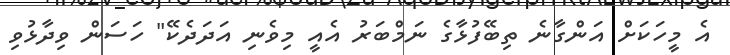
އެ މީހަކަށް އަންގާނެ ތިބޭފުޅާގެ ނަމްބަރު އެއީ މިވެނި އަދަދެކޭ" ހަސަން ވިދާޅުވި